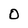
Character: 0